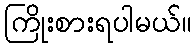
ကြိုးစားရပါမယ်။